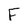
Character: F